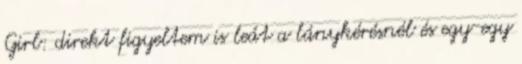
Girl: direkt figyeltem is leát a lánykérésnél és egy-egy